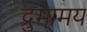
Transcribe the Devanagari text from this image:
द्रुमामय